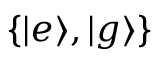
\{ | e \rangle , | g \rangle \}